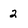
Character: 2